Report of the Indian Hemp Drugs Commission, 1894-1895 - Volume V
Year: 1894
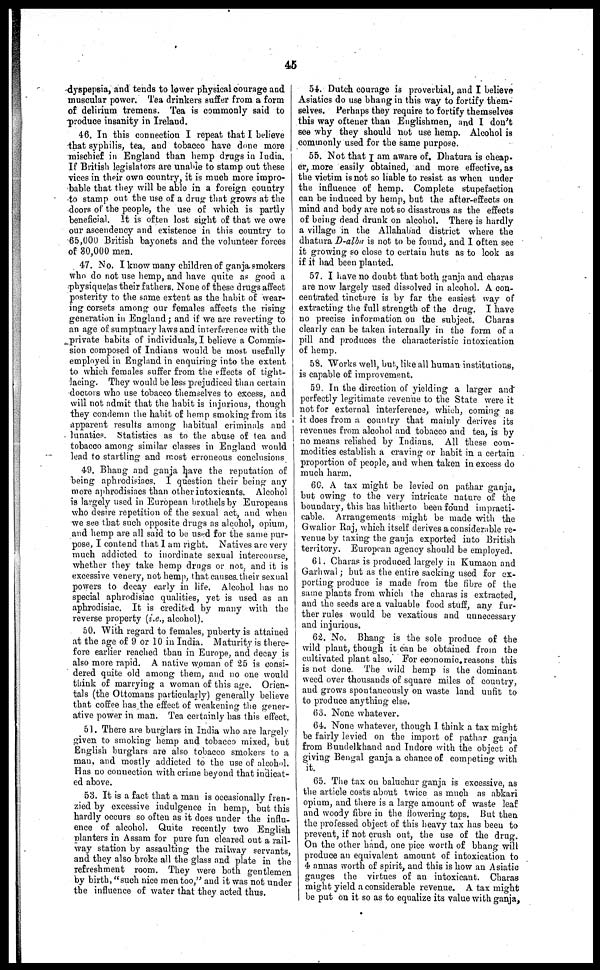
45
dyspepsia, and tends to lower physical courage and
muscular power. Tea drinkers suffer from a form
of delirium tremens. Tea is commonly said to
produce insanity in Ireland.
46. In this connection I repeat that I believe
that syphilis, tea, and tobacco have done more
mischief in England than hemp drugs in India.
If British legislators are unable to stamp out these
vices in their own country, it is much more impro-
bable that they will be able in a foreign country
to stamp out the use of a drug that grows at the
doors of the people, the use of which is partly
beneficial. It is often lost sight of that we owe
our ascendency and existence in this country to
65,000 British bayonets and the volunteer forces
of 30,000 men.
47. No. I know many children of ganja smokers
who do not use hemp, and have quite as good a
physique as their fathers. None of these drugs affect
posterity to the same extent as the habit of wear-
ing corsets among our females affects the rising
generation in England ; and if we are reverting to
an age of sumptuary laws and interference with the
private habits of individuals, I believe a Commis-
sion composed of Indians would be most usefully
employed in England in enquiring into the extent
to which females suffer from the effects of tight-
lacing. They would be less prejudiced than certain
doctors who use tobacco themselves to excess, and
will not admit that the habit is injurious, though
they condemn the habit of hemp smoking from its
apparent results among habitual criminals
and
lunatics. Statistics as to the abuse of tea and
tobacco among similar classes in England would
lead to startling and most erroneous conclusions
49. Bhang and ganja have the reputation of
being aphrodisiacs. I question their being any
more aphrodisiacs than other intoxicants. Alcohol
is largely used in European brothels by Europeans
who desire repetition of the sexual act, and when
we see that such opposite drugs as alcohol, opium,
and hemp are all said to be used for the same pur-
pose, I contend that I am right. Natives are very
much addicted to inordinate sexual intercourse,
whether they take hemp drugs or not. and it is
excessive venery, not hemp, that causes their sexual
powers to decay early in life. Alcohol has no
special aphrodisiac qualities, yet is used as an
aphrodisiac. It is credited by many with the
reverse property (i.e., alcohol).
50. With regard to females, puberty is attained
at the age of 9 or 10 in India. Maturity is there-
fore earlier reached than in Europe, and decay is
also more rapid. A native woman of 25 is consi-
dered quite old among them, and no one would
think of marrying a woman of this age. Orien-
tals (the Ottomans particularly) generally believe
that coffee has the effect of weakening the gener-
ative power in man. Tea certainly has this effect.
51. There are burglars in India who are largely
given to smoking hemp and tobacco mixed, but
English burglars are also tobacco smokers to a
man, and mostly addicted to the use of alcohol.
Has no connection with crime beyond that indicat-
ed above.
53. It is a fact that a man is occasionally fren-
zied by excessive indulgence in hemp, but this
hardly occurs so often as it does under the influ-
ence of alcohol. Quite recently two English
planters in Assam for pure fun cleared out a rail-
way station by assaulting the railway servants,
and they also broke all the glass and plate in the
refreshment room. They were both gentlemen
by birth, "such nice men too," and it was not under
the influence of water that they acted thus.
54. Dutch courage is proverbial, and I believe
Asiatics do use bhang in this way to fortify them-
selves. Perhaps they require to fortify themselves
this way oftener than Englishmen, and I don't
see why they should not use hemp. Alcohol is
commonly used for the same purpose.
55. Not that I am aware of. Dhatura is cheap-
er, more easily obtained, and more effective, as
the victim is not so liable to resist as when under
the influence of hemp. Complete stupefaction
can be induced by hemp, but the after-effects on
mind and body are not so disastrous as the effects
of being dead drunk on alcohol. There is hardly
a village in the Allahabad district where the
dhatura D-alba is not to be found, and I often see
it growing so close to certain huts as to look as
if it had been planted.
57. I have no doubt that both ganja and charas
are now largely used dissolved in alcohol. A con-
centrated tincture is by far the easiest way of
extracting the full strength of the drug. I have
no precise information on the subject. Charas
clearly can be taken internally in the form of a
pill and produces the characteristic intoxication
of hemp.
58. Works well, but, like all human institutions,
is capable of improvement.
59. In the direction of yielding a larger and
perfectly legitimate revenue to the State were it
not for external interference, which, coming as
it does from a country that mainly derives its
revenues from alcohol and tobacco and tea, is by
no means relished by Indians. All these com-
modities establish a craving or habit in a certain
proportion of people, and when taken in excess do
much harm.
60. A tax might be levied on pathar ganja,
but owing to the very intricate nature of the
boundary, this has hitherto been found impracti-
cable. Arrangements might be made with the
Gwalior Raj, which itself derives a considerable re-
venue by taxing the ganja exported into British
territory. European agency should be employed.
61. Charas is produced largely in Kumaon and
Garhwal; but as the entire sacking used for ex-
porting produce is made from the fibre of the
same plants from which the charas is extracted,
and the seeds are a valuable food stuff, any fur-
ther rules would be vexatious and unnecessary
and injurious.
62. No. Bhang is the sole produce of the
wild plant, though it can be obtained from the
cultivated plant also. For economic reasons this
is not done. The wild hemp is the dominant
weed over thousands of square miles of country,
and grows spontaneously on waste land unfit to
to produce anything else.
63. None whatever.
64. None whatever, though I think a tax might
be fairly levied on the import of pathar ganja
from Buudelkhand and Indore with the object of
giving Bengal ganja a chance of competing with
it.
65. The tax on baluchur ganja is excessive, as
the article costs about twice as much as abkari
opium, and there is a large amount of waste leaf
and woody fibre in the flowering tops. But then
the professed object of this heavy tax has been to
prevent, if not crush out, the use of the drug.
On the other hand, one pice worth of bhang will
produce an equivalent amount of intoxication to
4 annas worth of spirit, and this is how an Asiatic
gauges the virtues of an intoxicant. Charas
might yield a considerable revenue. A tax might
be put on it so as to equalize its value with ganja,